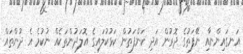
އަނގައިންނާއި ނޭފަތުގެ ދޮރުން އަދި ކަންފަތުން ކަޅުކުލައިގެ އޮލަދުންތަކެއް ނުކުމެ އެ ދުންތައް